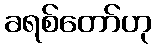
ခရစ်တော်ဟု